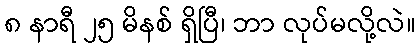
၈ နာရီ ၂၅ မိနစ် ရှိပြီ၊ ဘာ လုပ်မလို့လဲ။